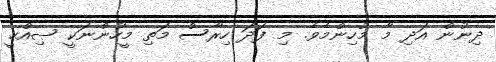
ދިނުން އަދި މާ މުހިންމެވެ. މި ފަދަ ހިރާސް މަތި މީހުންނަކީ ޞިއްޙީ